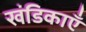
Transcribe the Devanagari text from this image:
खंडिकाएँ